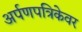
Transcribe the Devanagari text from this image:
अर्पणपत्रिकेवर